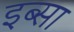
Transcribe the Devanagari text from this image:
इब्‍सा